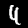
Digit: 4